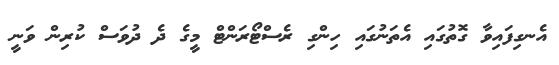
އެނގިފައިވާ ގޮތުގައި އެތަނުގައި ހިންގި ރެސްޓޯރަންޓް މީގެ ދެ ދުވަސް ކުރިން ވަނީ